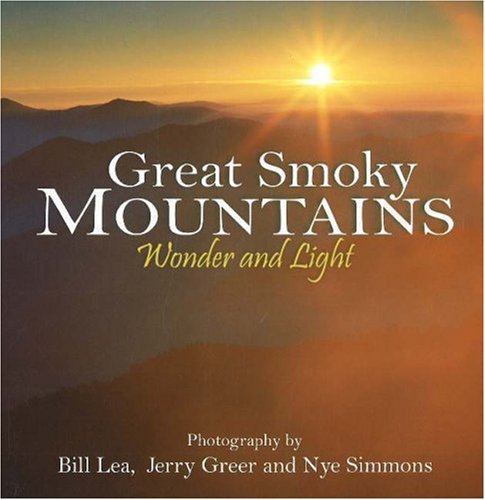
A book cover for Great Smoky Mountains Wonder and Light (Wonder and Light series); Bill Lea; Science & Math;